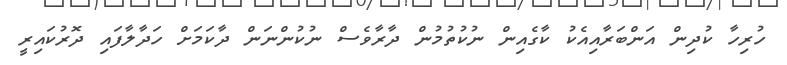
ހުރިހާ ކުދިން އަންބަރާއިއެކު ކާގެއިން ނުކުތުމުން ދާރާވެސް ނުކުންނަން ދާކަމަށް ހަދާލާފައި ދޮރުކައިރީ